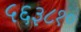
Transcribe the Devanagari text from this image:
५६३८१०